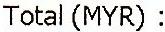
TOTAL (MYR) :